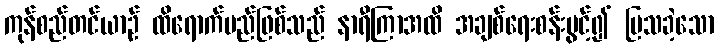
ကုန်စည်တင်ယာဉ် ထိရောက်မည်ဖြစ်သည် နာရီကြာအထိ အချစ်ရေးစန်းပွင့်၍ ပြသခဲ့သော